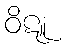
ဝိဋူ